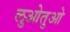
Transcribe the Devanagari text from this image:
लुओतुओ